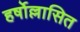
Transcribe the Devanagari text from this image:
हर्षोल्लासित